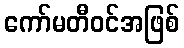
ကော်မတီဝင်အဖြစ်